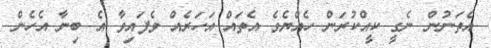
އެތަނުން ނެގީ ކީއްކުރަން ހެއްޔެވެ އެތައް އަހަރެއް ވެފައިވާ އެ ބިނާ އެހެން